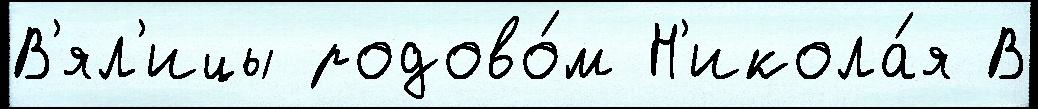
В'ял'ицы родово́м Н'икола́я В